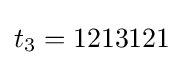
t_{3}=1213121